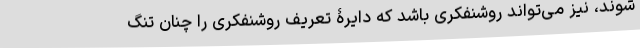
شوند، نیز می‌تواند روشنفکری باشد که دایرۀ تعریف روشنفکری را چنان تنگ